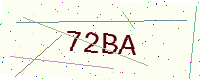
Text: 72BA